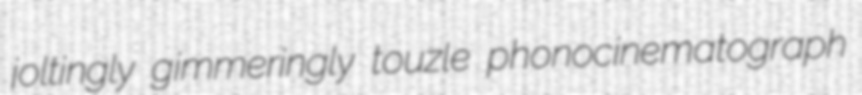
joltingly gimmeringly touzle phonocinematograph